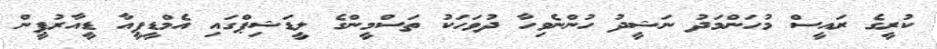
ކުރީގެ ރައީސް މުހަންމަދު ނަޝީދު ހުންނެވިހާ ދުވަހަކު ތަސްމީންގެ ލީޑަޝިޕްގައި އެމްޑީޕީއާ ޑީއާރުޕީން